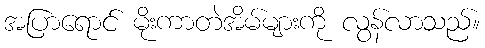
အပြာရောင် မိုးကာတဲအိမ်များကို လွန်လာသည်။